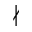
\nmid